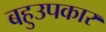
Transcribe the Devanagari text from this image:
बहुउपकार